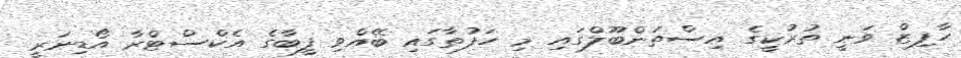
ހާފިޒް ވަނީ ތުރުކީގެ އިސްތަންބޫލްގައި މި ހަފުތާގައި ބޭއްވި ފީބާގެ އެކްސްޓްރާ އޯޑިނަރީ